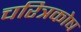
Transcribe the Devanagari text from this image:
चरित्रकोष